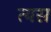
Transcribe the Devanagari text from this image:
त्यस